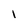
Character: l